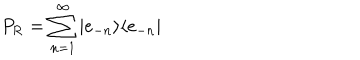
P _ { \mathrm { R } } = \sum _ { n = 1 } ^ { \infty } | e _ { - n } \rangle \langle e _ { - n } |